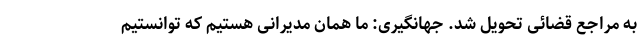
به مراجع قضائی تحویل شد. جهانگیری: ما همان مدیرانی هستیم که توانستیم